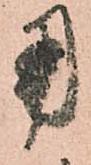
用